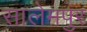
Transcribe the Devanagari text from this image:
सालेमपुर